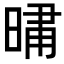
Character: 𭦦